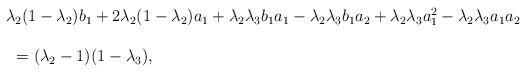
\begin{align*}\begin{array}{lll} &&\lambda_2(1-\lambda_2)b_1+2\lambda_2(1-\lambda_2)a_1+\lambda_2\lambda_3b_1a_1-\lambda_2\lambda_3b_1a_2+\lambda_2\lambda_3a_1^2-\lambda_2\lambda_3a_1a_2\ \\\\&&\ \ =(\lambda_2-1)(1-\lambda_3),\end{array}\end{align*}